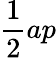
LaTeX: \frac{1}{2}ap